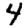
Digit: 4